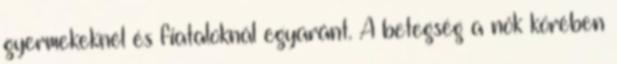
gyermekeknél és fiataloknál egyaránt. A betegség a nők körében